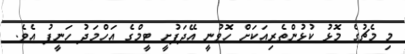
މި މެޗުގެ މޮޅު ކުޅުންތެރިއަކަށް ހޮވުނީ އޭދަފުށީ ޓީމްގެ އަހްމަދު ހަނީފު އެވެ.